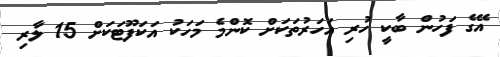
އޭގެ ފަހުން ބާކީ ހުރި އަހަރުތަކަށް ކޮންމެ މަހަކު އަކަފޫޓަކަށް 15 ލާރި